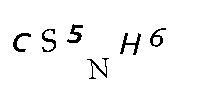
CS5NH6